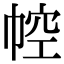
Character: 𢃐